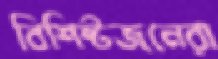
বিশিষ্টজনেরা